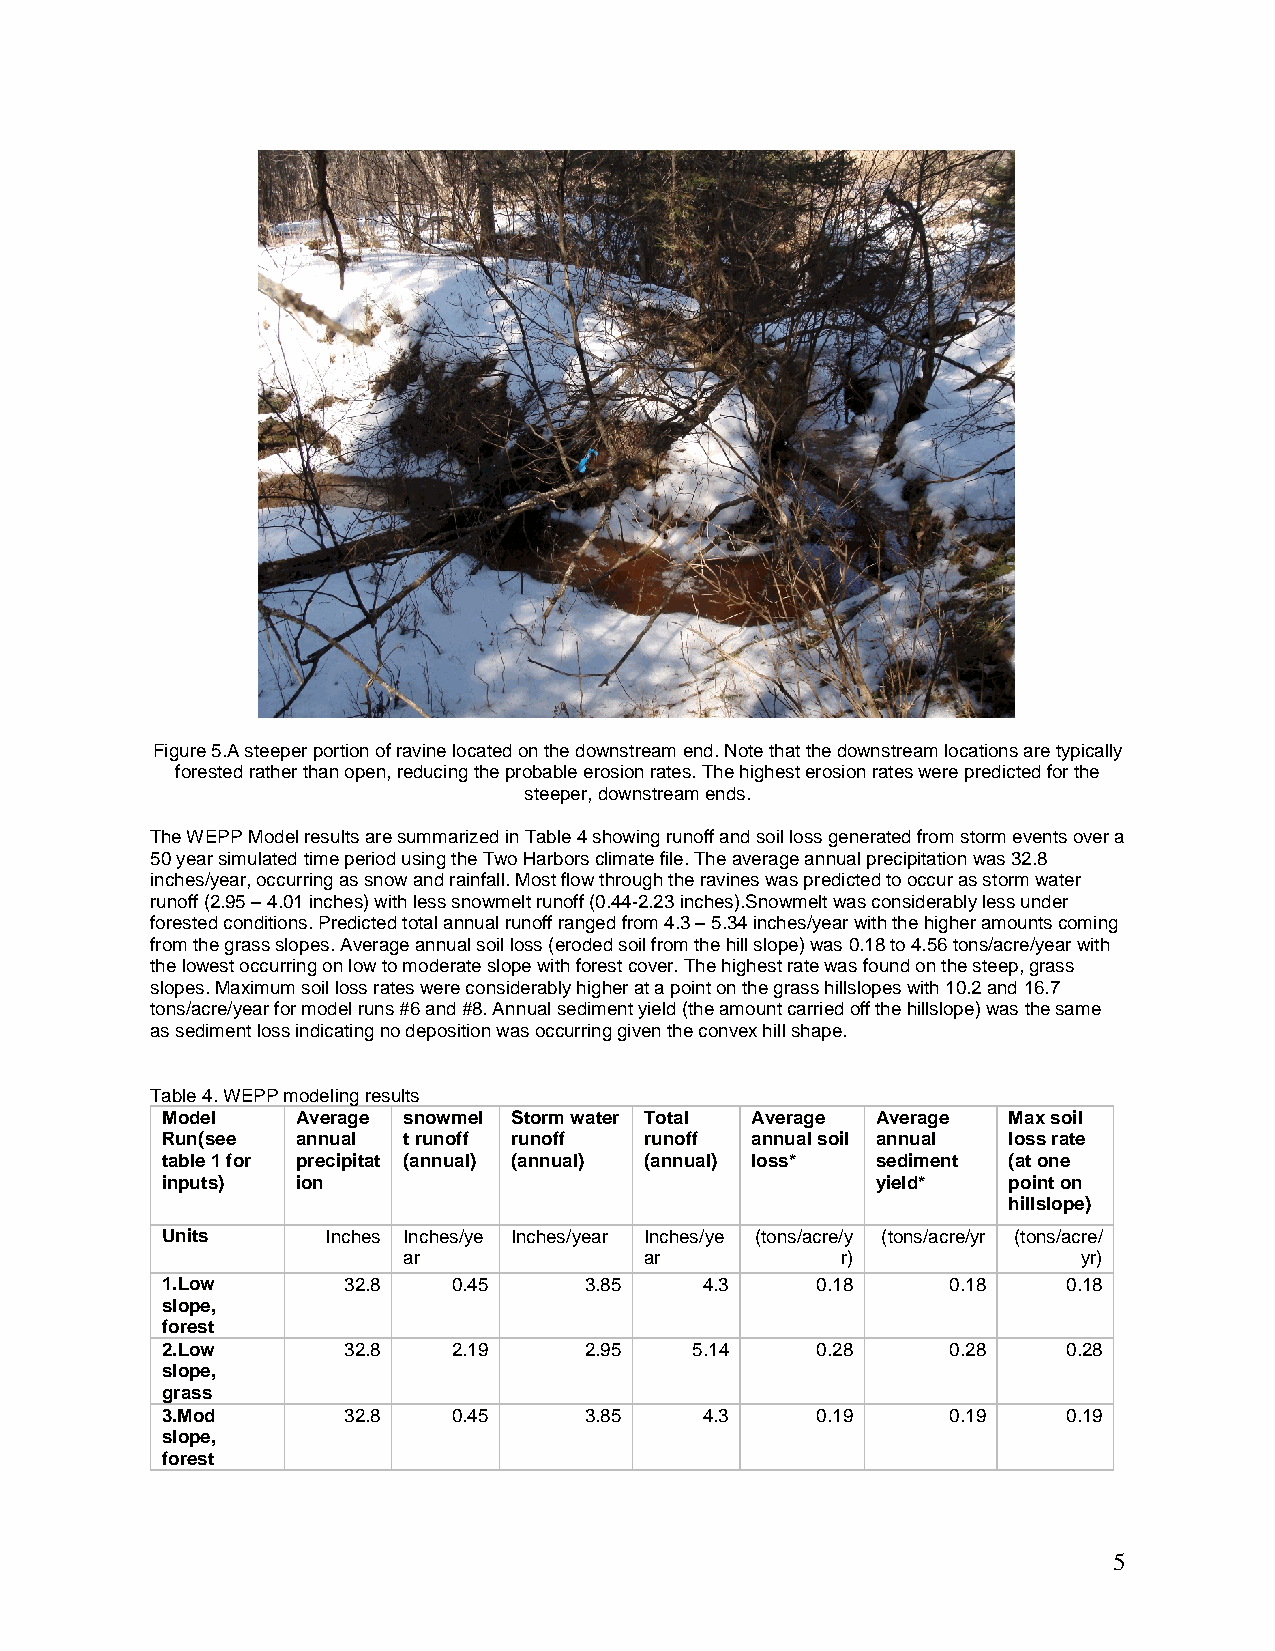
Figure 5.A steeper portion of ravine located on the downstream end. Note that the downstream locations are typically
 forested rather than open, reducing the probable erosion rates. The highest erosion rates were predicted for the
 steeper, downstream ends.
 The WEPP Model results are summarized in Table 4 showing runoff and soil loss generated from storm events over a
 50 year simulated time period using the Two Harbors climate file. The average annual precipitation was 32.8
 inches/year, occurring as snow and rainfall. Most flow through the ravines was predicted to occur as storm water
 runoff (2.95 – 4.01 inches) with less snowmelt runoff (0.44-2.23 inches).Snowmelt was considerably less under
 forested conditions. Predicted total annual runoff ranged from 4.3 – 5.34 inches/year with the higher amounts coming
 from the grass slopes. Average annual soil loss (eroded soil from the hill slope) was 0.18 to 4.56 tons/acre/year with
 the lowest occurring on low to moderate slope with forest cover. The highest rate was found on the steep, grass
 slopes. Maximum soil loss rates were considerably higher at a point on the grass hillslopes with 10.2 and 16.7
 tons/acre/year for model runs #6 and #8. Annual sediment yield (the amount carried off the hillslope) was the same
 as sediment loss indicating no deposition was occurring given the convex hill shape.
 Table 4. WEPP modeling results
 Model    Average snowmel Storm water Total Average Average Max soil
 Run(see  annual t runoff runoff runoff annual soil annual loss rate
 table 1 for precipitat (annual) (annual) (annual) loss* sediment (at one
 inputs)  ion                                   yield*   point on
 hillslope)
 Units      Inches Inches/ye Inches/year Inches/ye (tons/acre/y (tons/acre/yr (tons/acre/
 ar              ar           r)              yr)
 1.Low       32.8   0.45     3.85    4.3    0.18     0.18    0.18
 slope,
 forest
 2.Low       32.8   2.19     2.95   5.14    0.28     0.28    0.28
 slope,
 grass
 3.Mod       32.8   0.45     3.85    4.3    0.19     0.19    0.19
 slope,
 forest
 5